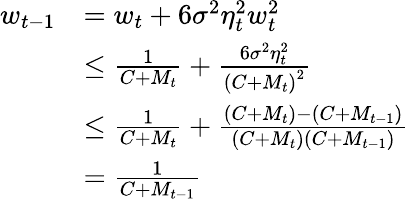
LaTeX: \begin{array}{rl}{w_{t-1}}&{=w_{t}+6\sigma^{2}\eta_{t}^{2}w_{t}^{2}}\\ &{\leq\frac{1}{C+M_{t}}+\frac{6\sigma^{2}\eta_{t}^{2}}{\left(C+M_{t}\right)^{2}}}\\ &{\le\frac{1}{C+M_{t}}+\frac{\left(C+M_{t}\right)-\left(C+M_{t-1}\right)}{\left(C+M_{t}\right)\left(C+M_{t-1}\right)}}\\ &{=\frac{1}{C+M_{t-1}}}\end{array}